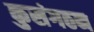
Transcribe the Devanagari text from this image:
कुसंगठन